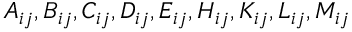
A _ { i j } , B _ { i j } , C _ { i j } , D _ { i j } , E _ { i j } , H _ { i j } , K _ { i j } , L _ { i j } , M _ { i j }